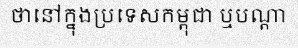
ថានៅក្នុងប្រទេសកម្ពុជា ឬបណ្តា